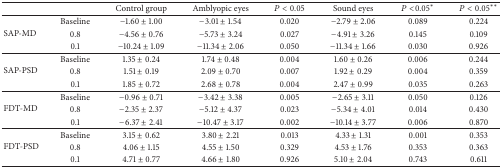
<table><thead><tr><td><b> </b></td><td><b> </b></td><td><b>Control group</b></td><td><b>Amblyopic eyes</b></td><td><b><i>P</i> &lt; 0.05</b></td><td><b>Sound eyes</b></td><td><b><i>P</i> &lt;0.05<sup>*</sup></b></td><td><b><i>P</i> &lt; 0.05<sup>**</sup></b></td></tr></thead><tbody><tr><td rowspan="3">SAP-MD</td><td>Baseline</td><td>−1.60 ± 1.00</td><td>−3.01 ± 1.54</td><td>0.020</td><td>−2.79 ± 2.06</td><td>0.089</td><td>0.224</td></tr><tr><td>0.8</td><td>−4.56 ± 0.76</td><td>−5.73 ± 3.24</td><td>0.027</td><td>−4.91 ± 3.26</td><td>0.145</td><td>0.109</td></tr><tr><td>0.1</td><td>−10.24 ± 1.09</td><td>−11.34 ± 2.06</td><td>0.050</td><td>−11.34 ± 1.66</td><td>0.030</td><td>0.926</td></tr><tr><td rowspan="3">SAP-PSD</td><td>Baseline</td><td>1.35 ± 0.24</td><td>1.74 ± 0.48</td><td>0.004</td><td>1.60 ± 0.26</td><td>0.006</td><td>0.244</td></tr><tr><td>0.8</td><td>1.51 ± 0.19</td><td>2.09 ± 0.70</td><td>0.007</td><td>1.92 ± 0.29</td><td>0.004</td><td>0.359</td></tr><tr><td>0.1</td><td>1.85 ± 0.72</td><td>2.68 ± 0.78</td><td>0.004</td><td>2.47 ± 0.99</td><td>0.035</td><td>0.263</td></tr><tr><td rowspan="3">FDT-MD</td><td>Baseline</td><td>−0.96 ± 0.71</td><td>−3.42 ± 3.38</td><td>0.005</td><td>−2.65 ± 3.11</td><td>0.050</td><td>0.126</td></tr><tr><td>0.8</td><td>−2.35 ± 2.37</td><td>−5.12 ± 4.37</td><td>0.023</td><td>−5.34 ± 4.01</td><td>0.014</td><td>0.430</td></tr><tr><td>0.1</td><td>−6.37 ± 2.41</td><td>−10.47 ± 3.17</td><td>0.002</td><td>−10.14 ± 3.77</td><td>0.006</td><td>0.870</td></tr><tr><td rowspan="3">FDT-PSD</td><td>Baseline</td><td>3.15 ± 0.62</td><td>3.80 ± 2.21</td><td>0.013</td><td>4.33 ± 1.31</td><td>0.001</td><td>0.353</td></tr><tr><td>0.8</td><td>4.06 ± 1.15</td><td>4.55 ± 1.50</td><td>0.329</td><td>4.53 ± 1.76</td><td>0.353</td><td>0.363</td></tr><tr><td>0.1</td><td>4.71 ± 0.77</td><td>4.66 ± 1.80</td><td>0.926</td><td>5.10 ± 2.04</td><td>0.743</td><td>0.611</td></tr></tbody></table>